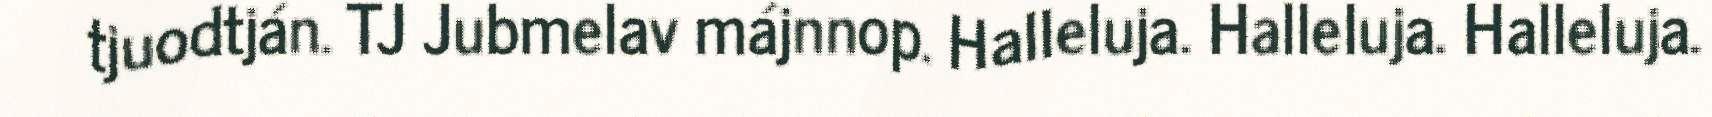
tjuodtján. TJ Jubmelav májnnop. Halleluja. Halleluja. Halleluja.